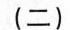
（二）